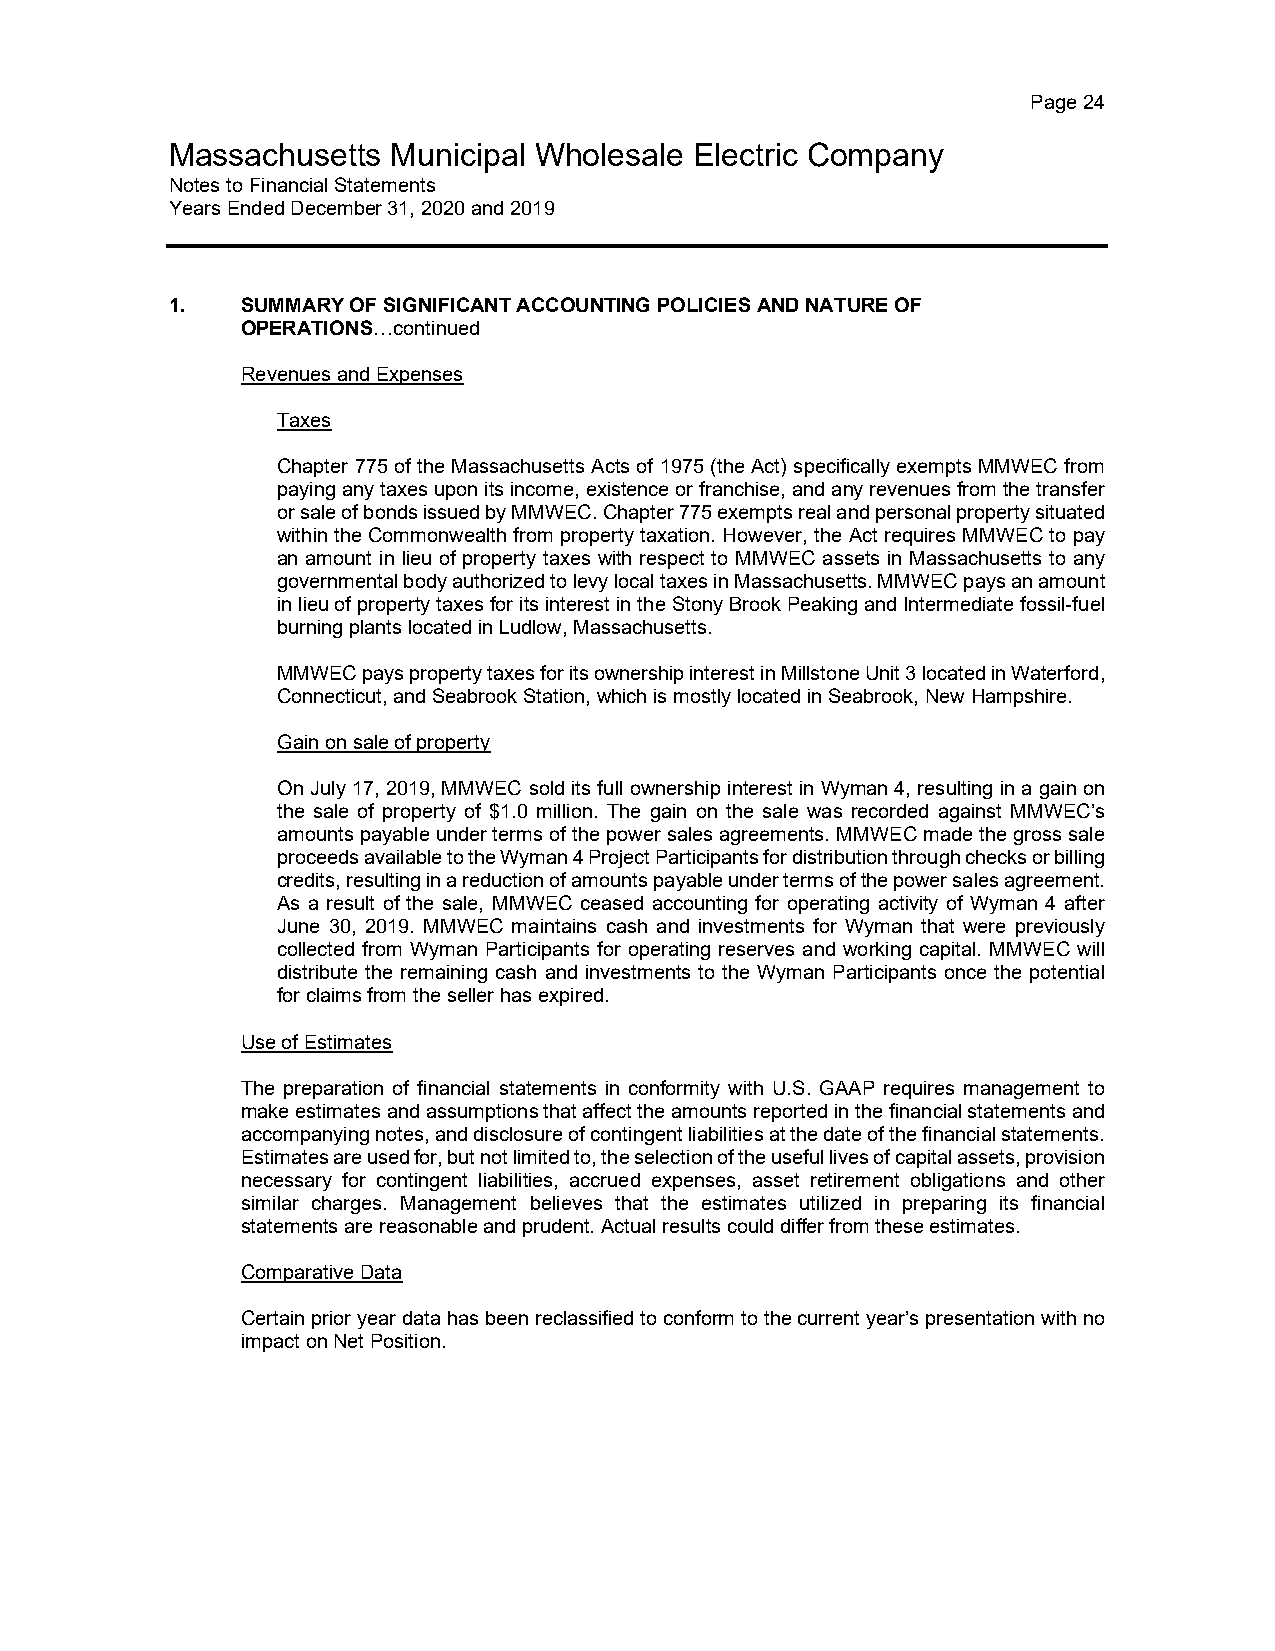
Page 24
 Massachusetts  Municipal Wholesale Electric Company
 Notes to Financial Statements
 Years Ended December 31, 2020 and 2019
 1.   SUMMARY OF SIGNIFICANT ACCOUNTING POLICIES AND NATURE OF
 OPERATIONS…continued
 Revenues and Expenses
 Taxes
 Chapter 775 of the Massachusetts Acts of 1975 (the Act) specifically exempts MMWEC from
 paying any taxes upon its income, existence or franchise, and any revenues from the transfer
 or sale of bonds issued by MMWEC. Chapter 775 exempts real and personal property situated
 within the Commonwealth from property taxation. However, the Act requires MMWEC to pay
 an amount in lieu of property taxes with respect to MMWEC assets in Massachusetts to any
 governmental body authorized to levy local taxes in Massachusetts. MMWEC pays an amount
 in lieu of property taxes for its interest in the Stony Brook Peaking and Intermediate fossil-fuel
 burning plants located in Ludlow, Massachusetts.
 MMWEC pays property taxes for its ownership interest in Millstone Unit 3 located in Waterford,
 Connecticut, and Seabrook Station, which is mostly located in Seabrook, New Hampshire.
 Gain on sale of property
 On July 17, 2019, MMWEC sold its full ownership interest in Wyman 4, resulting in a gain on
 the sale of property of $1.0 million. The gain on the sale was recorded against MMWEC’s
 amounts payable under terms of the power sales agreements. MMWEC made the gross sale
 proceeds available to the Wyman 4 Project Participants for distribution through checks or billing
 credits, resulting in a reduction of amounts payable under terms of the power sales agreement.
 As a result of the sale, MMWEC ceased accounting for operating activity of Wyman 4 after
 June 30, 2019. MMWEC maintains cash and investments for Wyman that were previously
 collected from Wyman Participants for operating reserves and working capital. MMWEC will
 distribute the remaining cash and investments to the Wyman Participants once the potential
 for claims from the seller has expired.
 Use of Estimates
 The preparation of financial statements in conformity with U.S. GAAP requires management to
 make estimates and assumptions that affect the amounts reported in the financial statements and
 accompanying notes, and disclosure of contingent liabilities at the date of the financial statements.
 Estimates are used for, but not limited to, the selection of the useful lives of capital assets, provision
 necessary for contingent liabilities, accrued expenses, asset retirement obligations and other
 similar charges. Management believes that the estimates utilized in preparing its financial
 statements are reasonable and prudent. Actual results could differ from these estimates.
 Comparative Data
 Certain prior year data has been reclassified to conform to the current year’s presentation with no
 impact on Net Position.